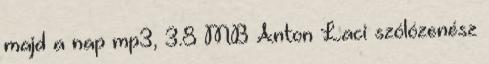
majd a nap mp3, 3.8 MB Anton Laci szólózenész